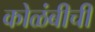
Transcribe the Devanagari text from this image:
कोळंबीची